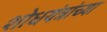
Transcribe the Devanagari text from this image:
शोधयंत्रांच्या